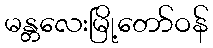
မန္တလေးမြို့တော်ဝန်